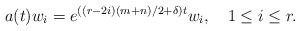
LaTeX: \begin{align*} a(t)w_i = e^{((r-2i)(m+n)/2+\delta)t}w_i, \quad 1\leq i\leq r.\end{align*}